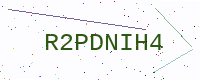
Text: R2PDNIH4